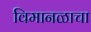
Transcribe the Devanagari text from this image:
विमानळाचा